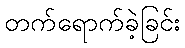
တက်ရောက်ခဲ့ခြင်း